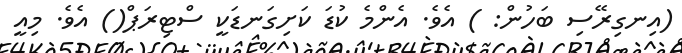
(އިނގިރޭސި ބަހުން: ) އެވެ. އެންމެ ކުޑަ ކަށިގަނޑަކީ ސްޓިރަޕް() އެވެ. މިއީ